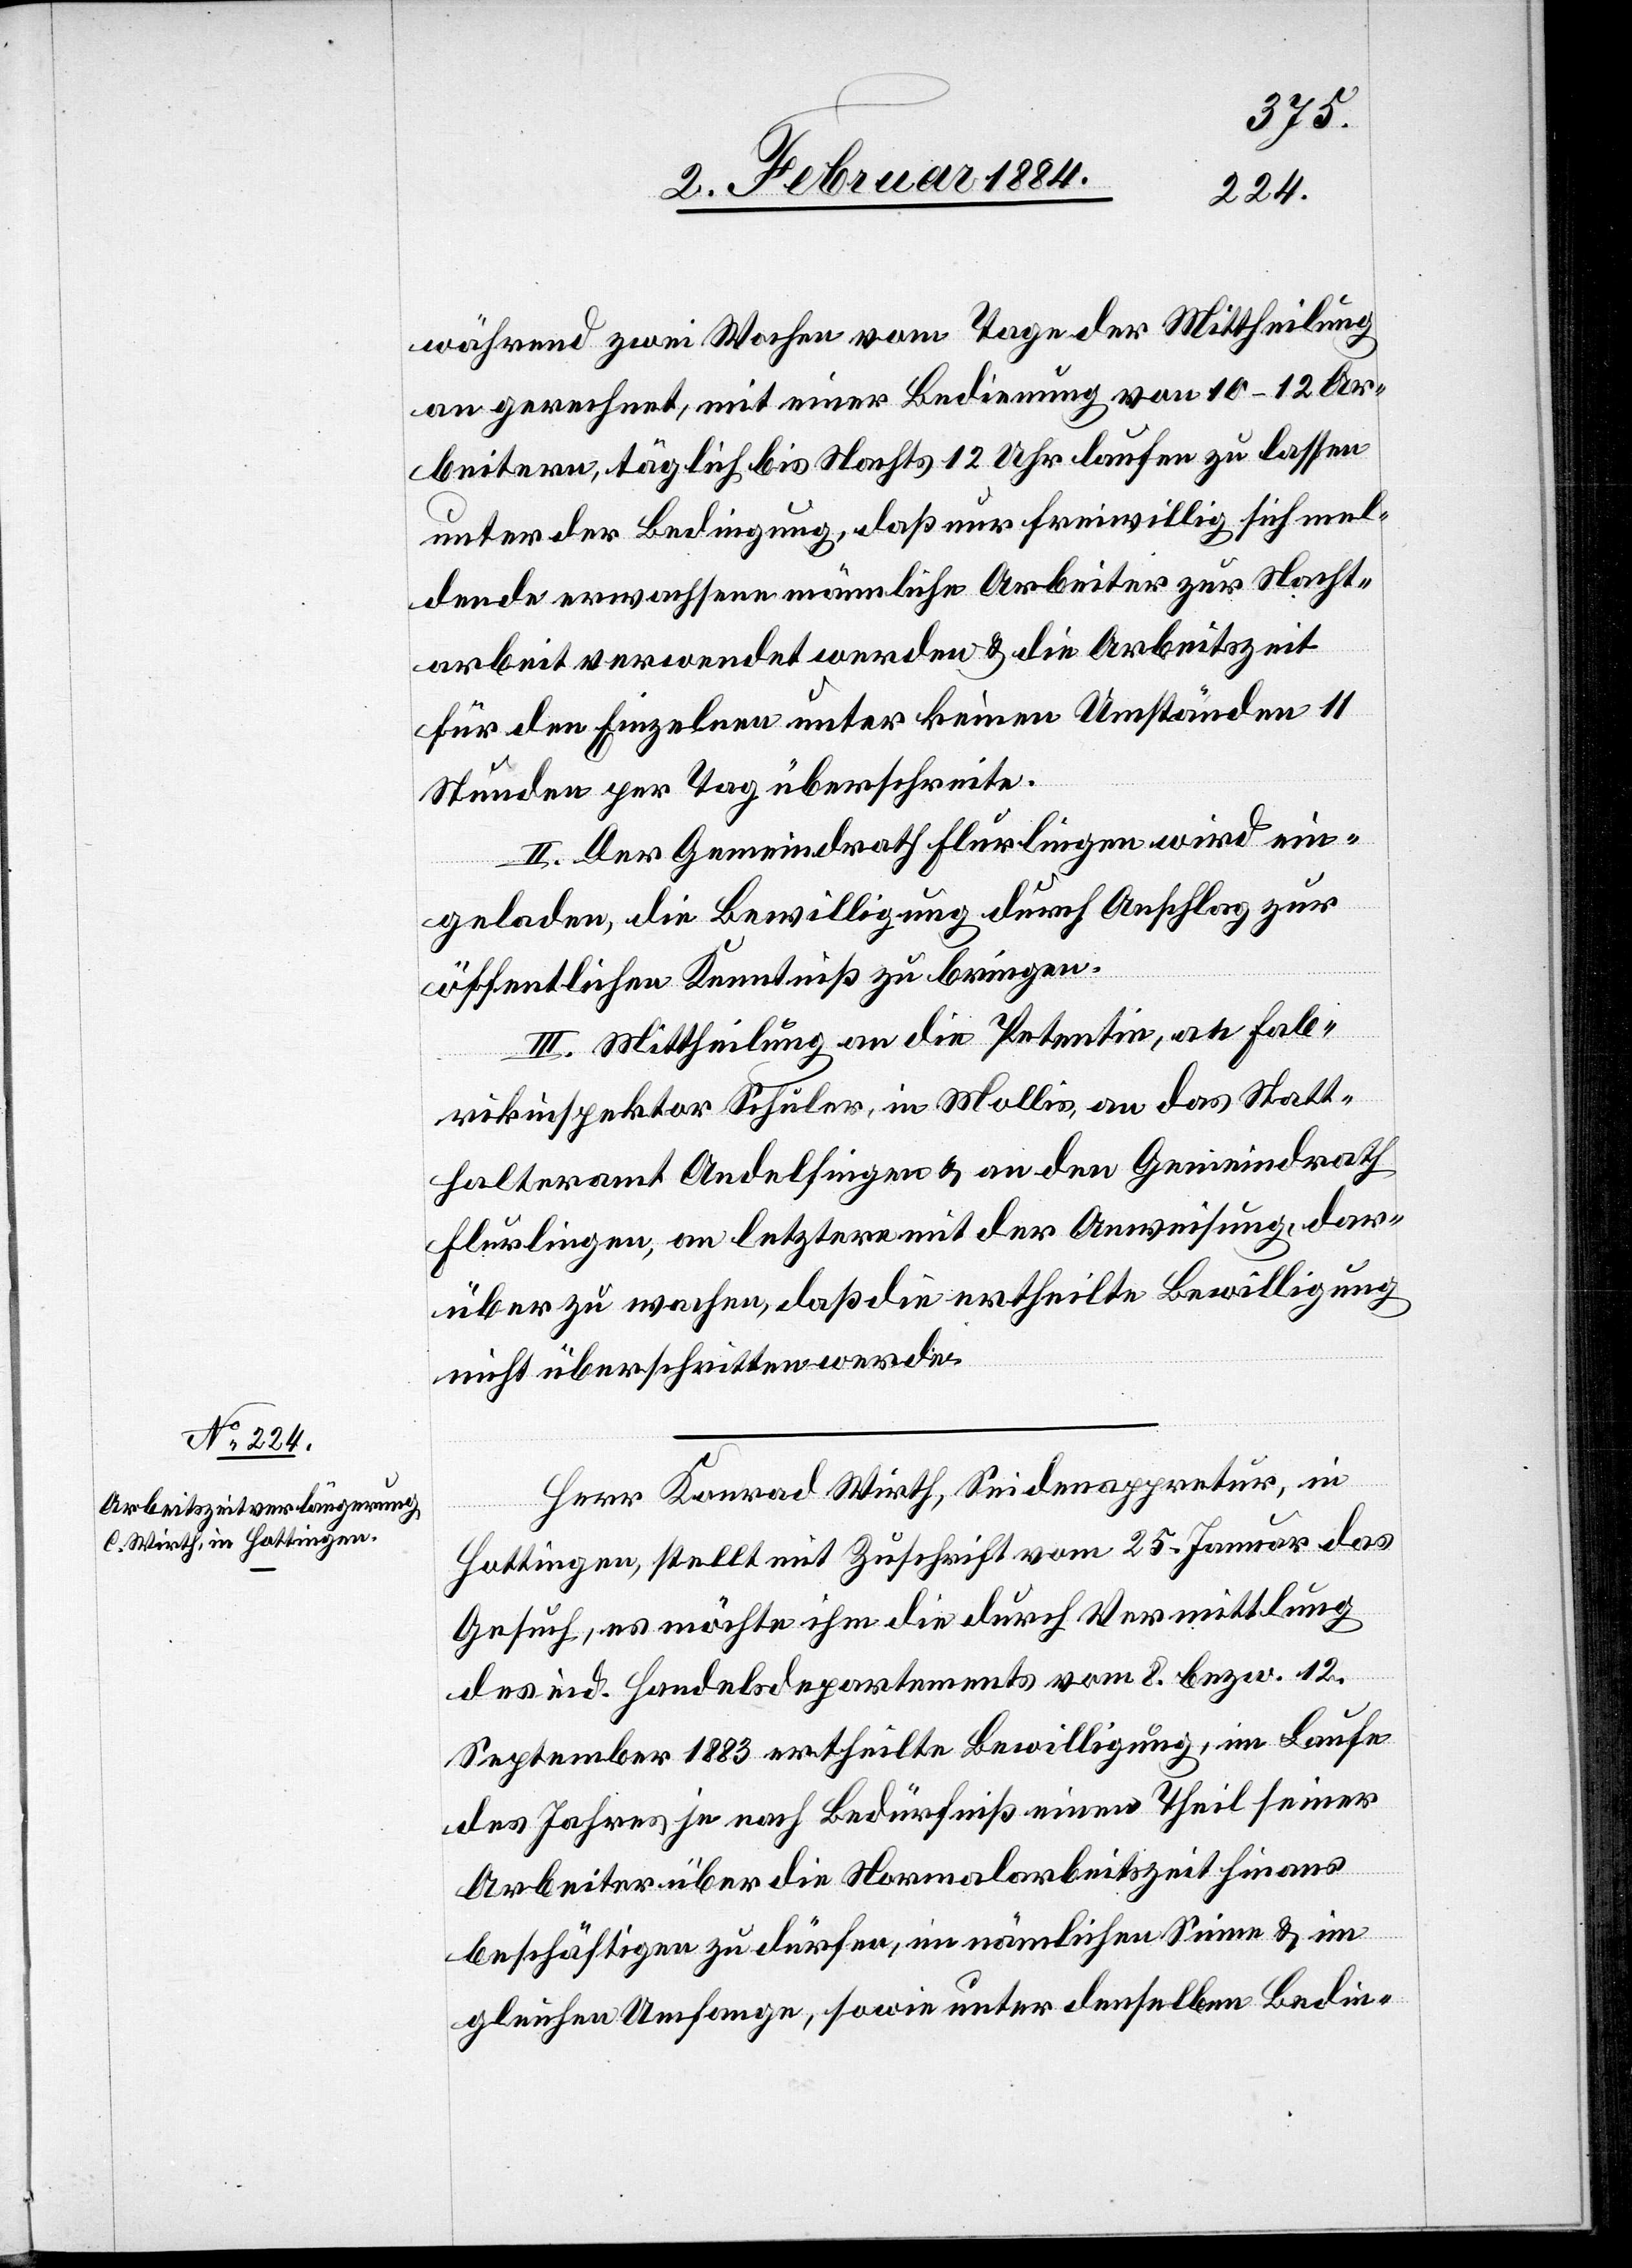
während zwei Wochen vom Tage der Mittheilung
an gerechnet, mit einer Bedienung von 10–12 Ar¬
beitern, täglich bis Nachts 12 Uhr laufen zu lassen
unter der Bedingung, daß nur freiwillig sich mel¬
dende erwachsene männliche Arbeiter zur Nacht¬
arbeit verwendet werden & die Arbeitszeit
für den Einzelnen unter keinen Umständen 11
Stunden per Tag überschreite.
II. Der Gemeindrath Flurlingen wird ein¬
geladen, die Bewilligung durch Anschlag zur
öffentlichen Kenntniß zu bringen.
III. Mittheilung an die Petentin, an Fab¬
rikinspektor Schuler, in Mollis, an das Statt¬
halteramt Andelfingen & an den Gemeindrath
Flurlingen, an letztere mit der Anweisung, dar¬
über zu wachen, daß die ertheilte Bewilligung
nicht überschritten werde.
Herr Konrad Wirth, Seidenappretur, in
Hottingen, stellt mit Zuschrift vom 15. Januar das
Gesuch, es möchte ihm die durch Vermittlung
des eid. Handelsdepartements vom 8. bzw. 12.
September 1883 ertheilte Bewilligung, im Laufe
des Jahres je nach Bedürfniß einen Theil seiner
Arbeiter über die Normalarbeitszeit hinaus
beschäftigen zu dürfen, im nämlichen Sinne & im
gleichen Umfange, sowie unter denselben Bedin-